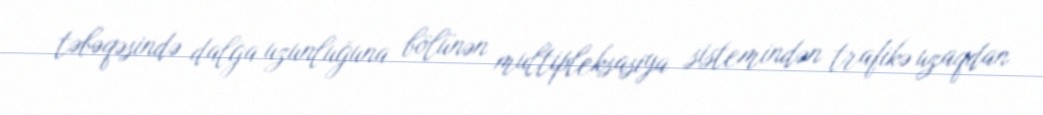
təbəqəsində dalğa uzunluğuna bölünən multipleksasiya sistemindən trafikə uzaqdan